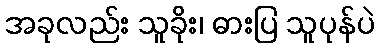
အခုလည်း သူခိုး၊ ဓားပြ သူပုန်ပဲ